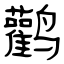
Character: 鹳